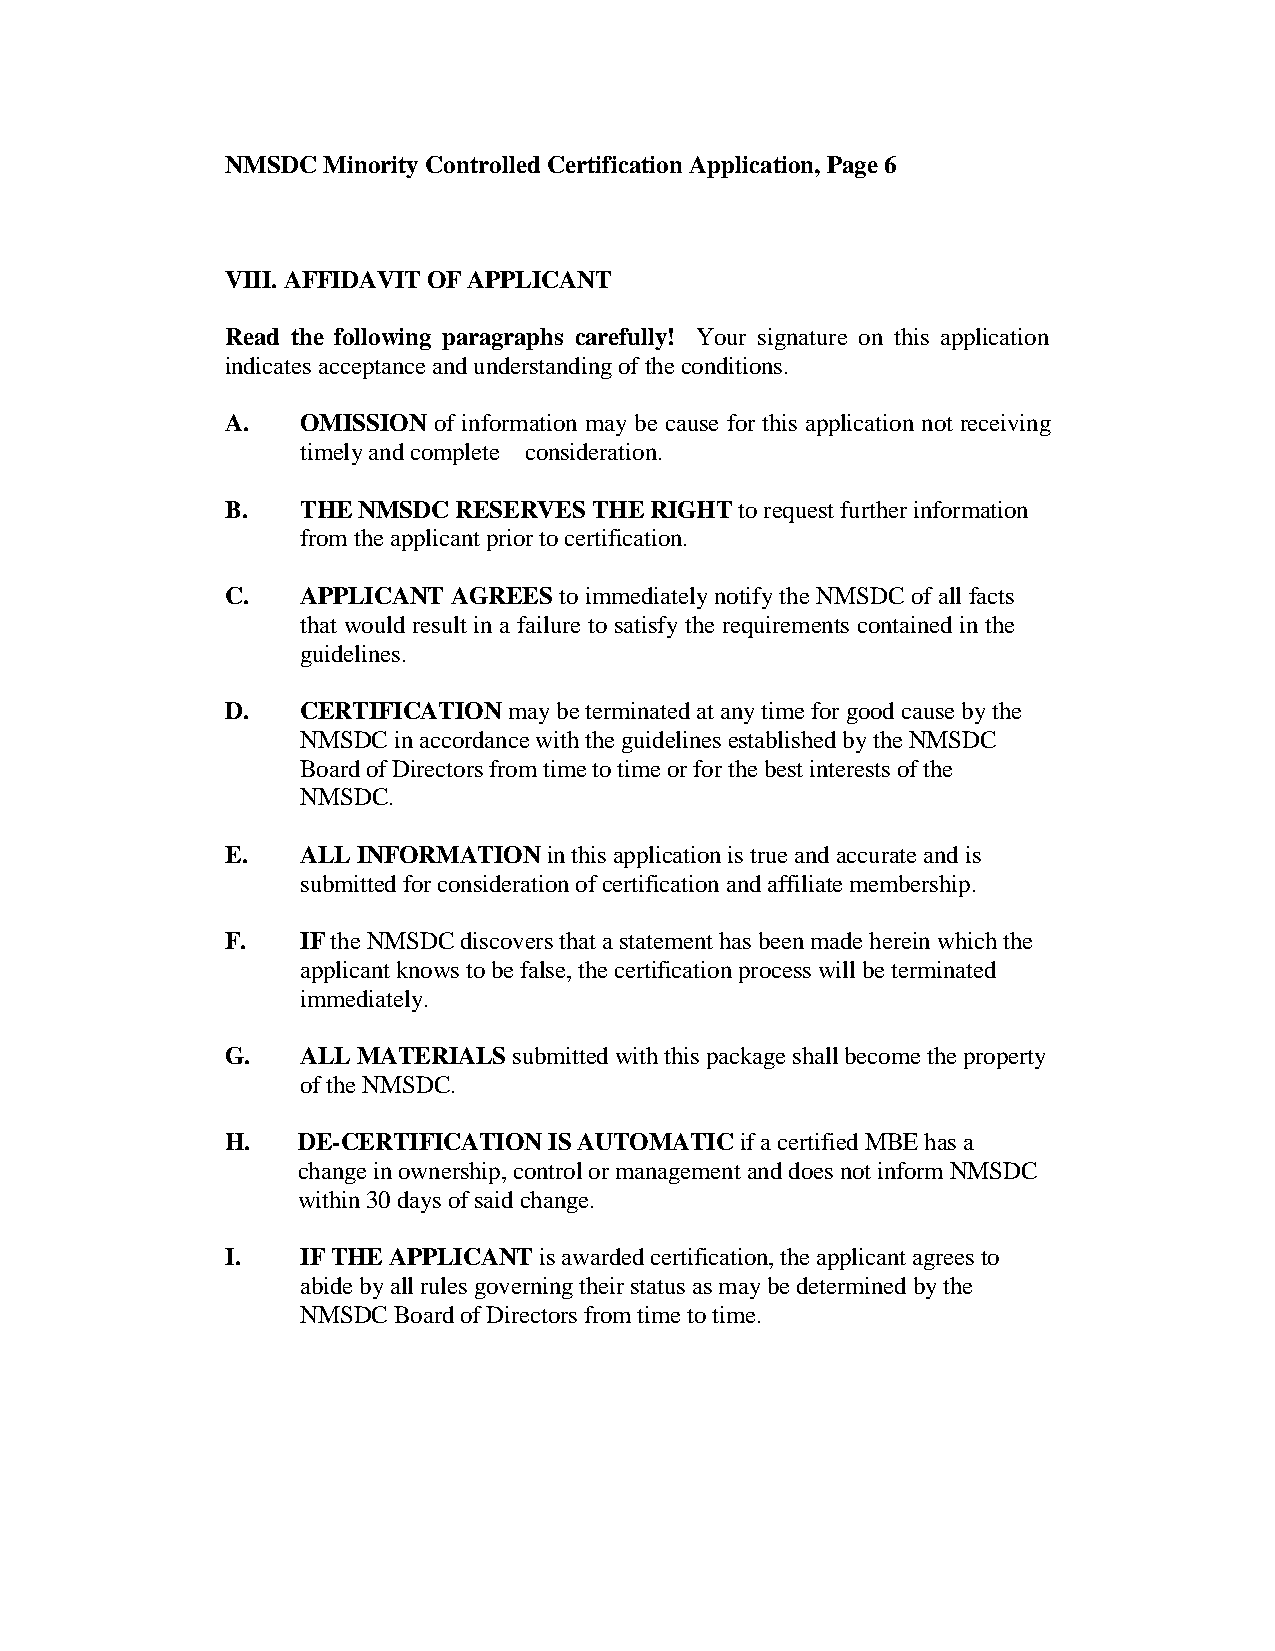
NMSDC Minority Controlled Certification Application, Page 6
 VIII. AFFIDAVIT OF APPLICANT
 Read the following paragraphs carefully! Your signature on this application
 indicates acceptance and understanding of the conditions.
 A.   OMISSION of information may be cause for this application not receiving
 timely and complete consideration.
 B.   THE NMSDC RESERVES THE RIGHT to request further information
 from the applicant prior to certification.
 C.   APPLICANT AGREES to immediately notify the NMSDC of all facts
 that would result in a failure to satisfy the requirements contained in the
 guidelines.
 D.   CERTIFICATION may be terminated at any time for good cause by the
 NMSDC in accordance with the guidelines established by the NMSDC
 Board of Directors from time to time or for the best interests of the
 NMSDC.
 E.   ALL INFORMATION in this application is true and accurate and is
 submitted for consideration of certification and affiliate membership.
 F.   IF the NMSDC discovers that a statement has been made herein which the
 applicant knows to be false, the certification process will be terminated
 immediately.
 G.   ALL MATERIALS submitted with this package shall become the property
 of the NMSDC.
 H.   DE-CERTIFICATION IS AUTOMATIC if a certified MBE has a
 change in ownership, control or management and does not inform NMSDC
 within 30 days of said change.
 I.   IF THE APPLICANT is awarded certification, the applicant agrees to
 abide by all rules governing their status as may be determined by the
 NMSDC Board of Directors from time to time.